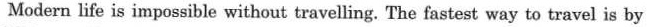
Modern life is impossible without travelling. The fastest way to travel is by